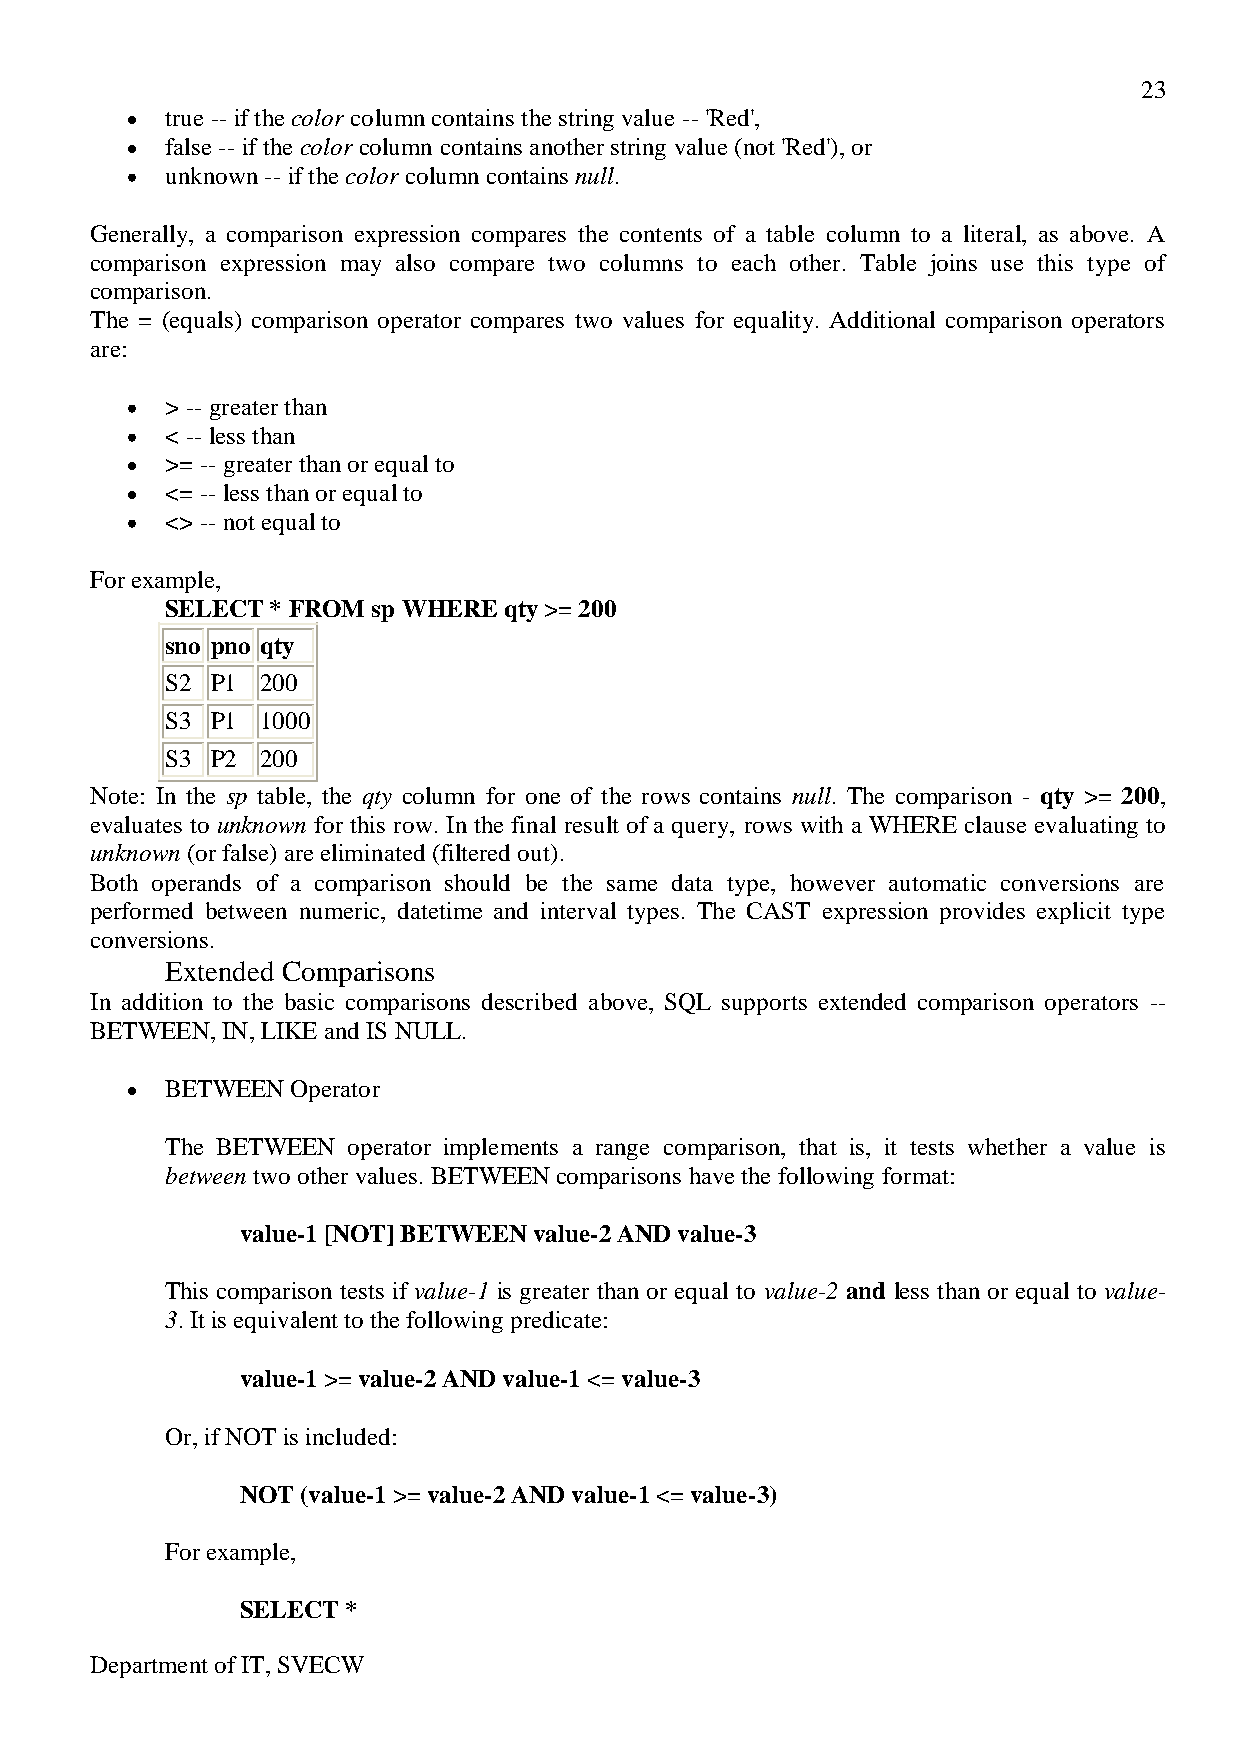
23
 true -- if the color column contains the string value -- 'Red',
 false -- if the color column contains another string value (not 'Red'), or
 unknown -- if the color column contains null.
 Generally, a comparison expression compares the contents of a table column to a literal, as above. A
 comparison expression may also compare two columns to each other. Table joins use this type of
 comparison.
 The = (equals) comparison operator compares two values for equality. Additional comparison operators
 are:
 > -- greater than
 < -- less than
 >= -- greater than or equal to
 <= -- less than or equal to
 <> -- not equal to
 For example,
 SELECT * FROM sp WHERE qty >= 200
 sno pno qty
 S2 P1 200
 S3 P1 1000
 S3 P2 200
 Note: In the sp table, the qty column for one of the rows contains null. The comparison - qty >= 200,
 evaluates to unknown for this row. In the final result of a query, rows with a WHERE clause evaluating to
 unknown (or false) are eliminated (filtered out).
 Both operands of a comparison should be the same data type, however automatic conversions are
 performed between numeric, datetime and interval types. The CAST expression provides explicit type
 conversions.
 Extended Comparisons
 In addition to the basic comparisons described above, SQL supports extended comparison operators --
 BETWEEN, IN, LIKE and IS NULL.
 BETWEEN Operator
 The BETWEEN operator implements a range comparison, that is, it tests whether a value is
 between two other values. BETWEEN comparisons have the following format:
 value-1 [NOT] BETWEEN value-2 AND value-3
 This comparison tests if value-1 is greater than or equal to value-2 and less than or equal to value-
 3. It is equivalent to the following predicate:
 value-1 >= value-2 AND value-1 <= value-3
 Or, if NOT is included:
 NOT (value-1 >= value-2 AND value-1 <= value-3)
 For example,
 SELECT *
 Department of IT, SVECW